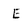
Character: E